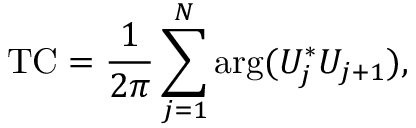
\mathrm { T C } = \frac { 1 } { 2 \pi } \sum _ { j = 1 } ^ { N } \mathrm { a r g } ( U _ { j } ^ { * } U _ { j + 1 } ) ,